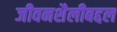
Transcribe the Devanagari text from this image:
जीवनशैलीबद्दल